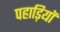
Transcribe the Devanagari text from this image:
पहाड़ियॉ